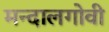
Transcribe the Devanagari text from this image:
मन्दालगोवी